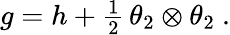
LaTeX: \begin{array}{r}{g=h+\frac 12\, \theta_{2}\otimes\theta_{2}\ .}\end{array}